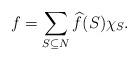
LaTeX: \begin{align*}f = \sum_{S\subseteq N}\widehat{f}(S)\chi_S.\end{align*}